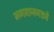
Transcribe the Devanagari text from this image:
भगवानगडचे